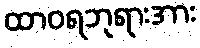
ထာဝရဘုရားအား